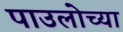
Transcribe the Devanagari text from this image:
पाउलोच्या